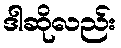
ဒါဆိုလည်း